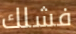
فشلك